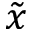
\tilde { x }